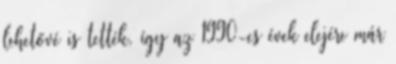
lehetővé is tették, így az 1990-es évek elejére már